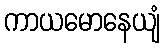
ကာယမောနေယျံ